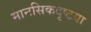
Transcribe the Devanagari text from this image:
मानसिकदृष्टया